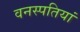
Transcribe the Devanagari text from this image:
वनस्‍पतियां